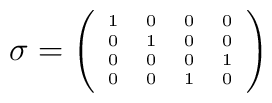
\sigma={\tiny\left(\begin{array}{cccc}1&0&0&0\\0&1&0&0\\0&0&0&1\\0&0&1&0\\\end{array}\right)   }